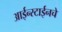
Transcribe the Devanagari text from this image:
आईन्स्टाईनचे